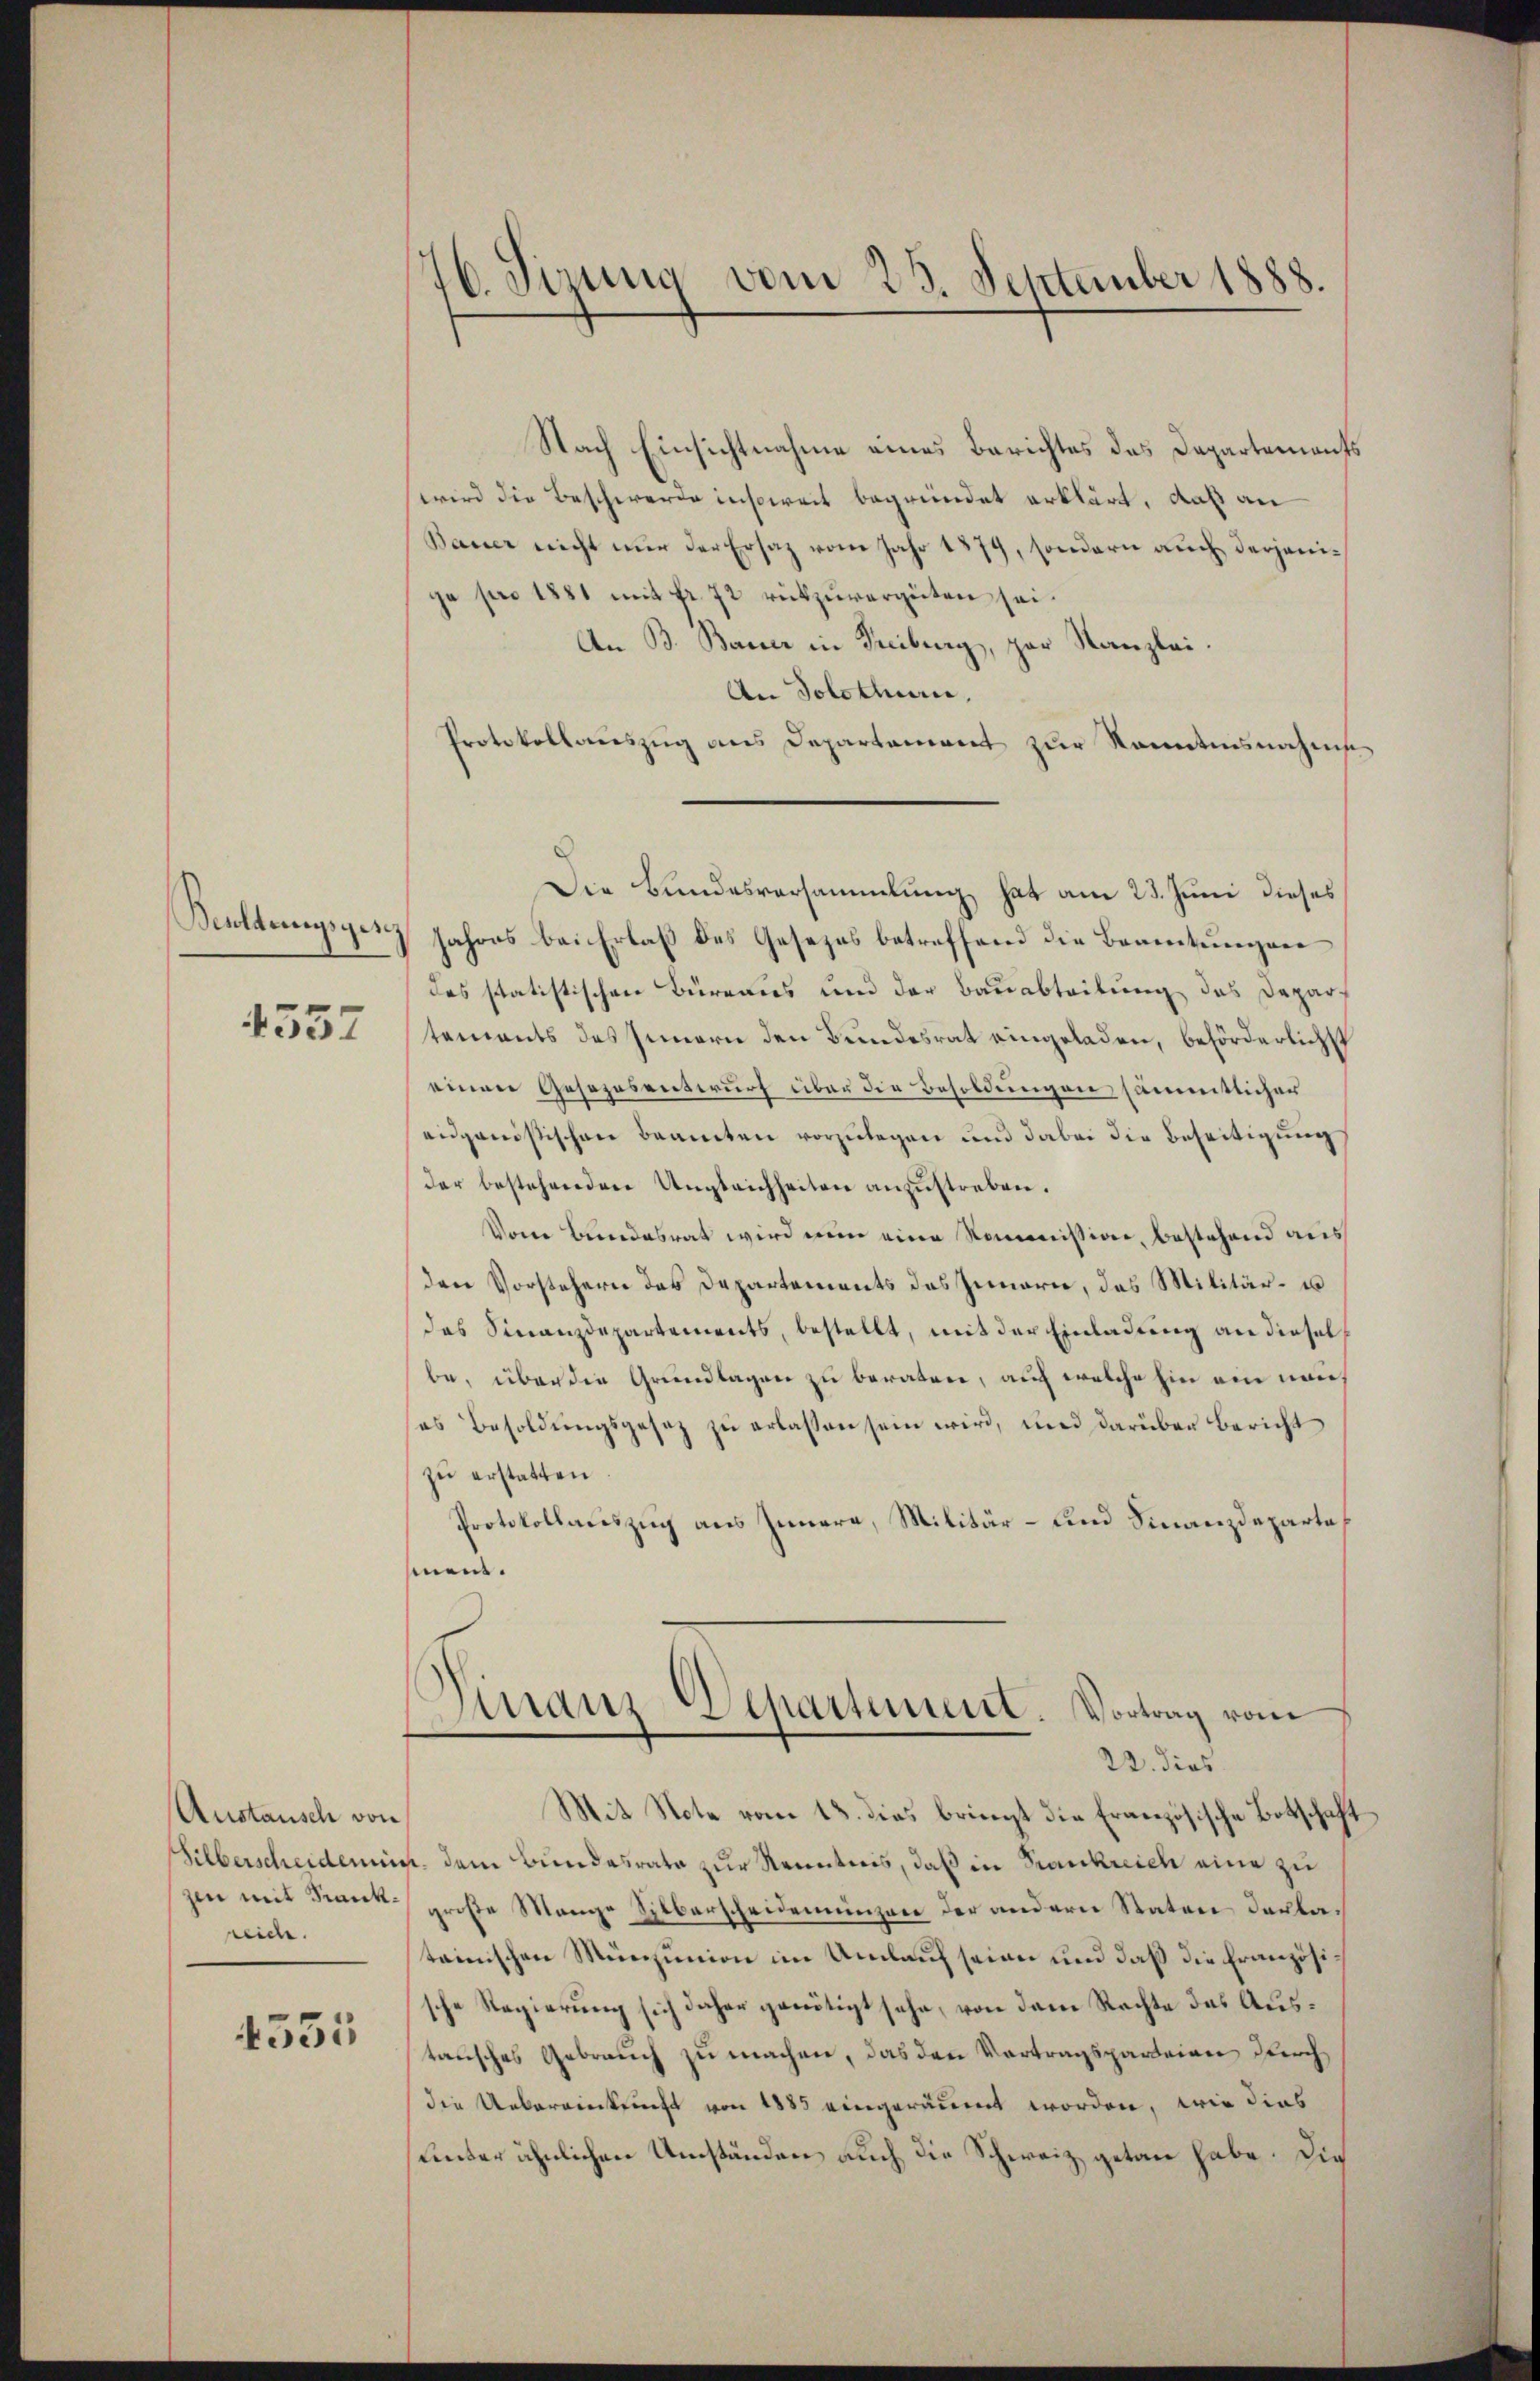
Benlangsges

4357

Austausch von
reide.

4535

16. Sinnig vom 25. September 1888.

Nach Einsichtnahme eines Berichtes das Departements
wird die Beschwerde insoweit begründet erklärt, daß an
Bauer nicht nur der Ersatz vom Jahr 1879, sondern auch derjenige pro 1881 mit Fr. 72 rückzuvergüten sei.
An B. Bauer in Freiburg, par Kanzlei.
An Solothurn,
Protokollauszug aus Departement zur Kenntnisnahms
Die Bundesversammlung hat am 23. Juni dieses
Jahres bei Erlaß des Gesezes betreffend die Beamtungen
des statistischen Büreaus und der Bauabteitung des Departements des Innern den Bundesrat eingeladen, beförderlichs
einen Gesezesentwurf über die Besoldungen sämmtlicher
eidganistischen Beamten vorzulegen und dabei die Beseitigung
der bestehenden Ungleichheiten anzustreben.
Vom Bundesrat wird nun eine Kommission, bestehend aus
den Vorstehern des Departements des Innere, das Militär- u
das Finanzdepartements, bestellt, mit der Einladung an diesel
be, über die Grundlagen zu beraten, auf welche Ein ein nauf
ses Besoldŭngsgesez zu erlassen sein wird, und darüber Bericht
zu erstatten
Protokollauszug aus Innern, Militär- und Finanzdeparta
sein.
Dinanz-Departement. Vortrag vom
22. dies
Mit Note vom 13. dies bringt die Französische Botschaft
Silberscheidenen dem Bundesrata zur Kenntnis, daß in Krankreich eine zu
zen mit Krank große Mange Silberscheidemünzen der andern Staten Declatainischen Münjunion im Umlauf seien und daß die Französische Regierung sich daher genötigt sehe, von dem Rechte das Austansches Gebrauch zu machen, das den Vortragsparteien durch
die Uebereinkunft von 1885 eingeräumt worden, wie dies
unter ähnlichen Umständen auch die Schweiz getan habe. Die